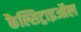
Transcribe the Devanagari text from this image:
कैल्सिट्राइऑल